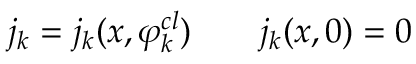
j _ { k } = j _ { k } ( x , \varphi _ { k } ^ { c l } ) \qquad j _ { k } ( x , 0 ) = 0